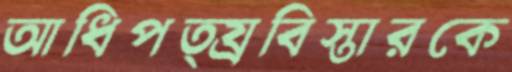
আধিপত্য্রবিস্তারকে